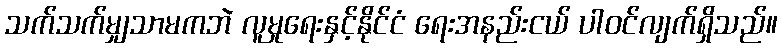
သက်သက်မျှသာမကဘဲ လူမှုရေးနှင့်နိုင်ငံ ရေးအနည်းငယ် ပါဝင်လျက်ရှိသည်။